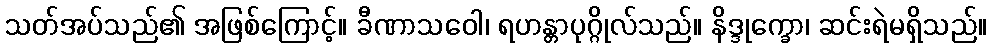
သတ်အပ်သည်၏ အဖြစ်ကြောင့်။ ခီဏာသဝေါ၊ ရဟန္တာပုဂ္ဂိုလ်သည်။ နိဒ္ဒုက္ခော၊ ဆင်းရဲမရှိသည်။